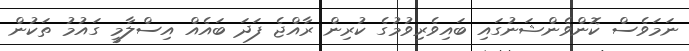
ނަމަވެސް ކޮންވެންޝަނުގައި ބައިވެރިވުމުގެ ކުރިން ރާއްޖެ ފަދަ ބައެއް އިސްލާމީ ގައުމު ތަކުން